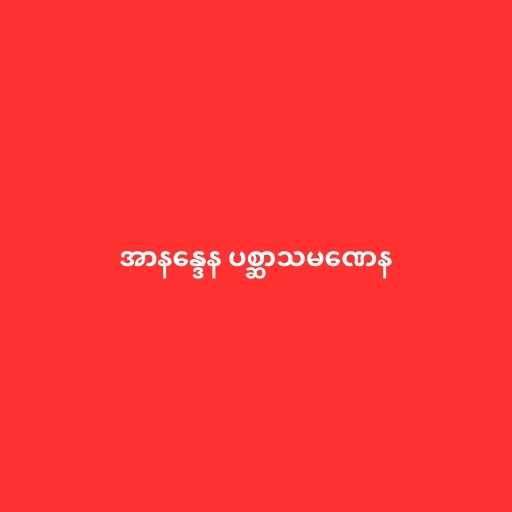
အာနန္ဒေန ပစ္ဆာသမဏေန